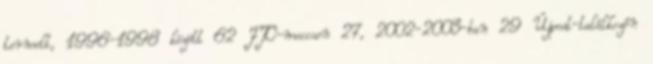
termelt, 1996-1998 között 62 FTC-meccsen 27, 2002-2003-ban 29 Újpest-találkozón